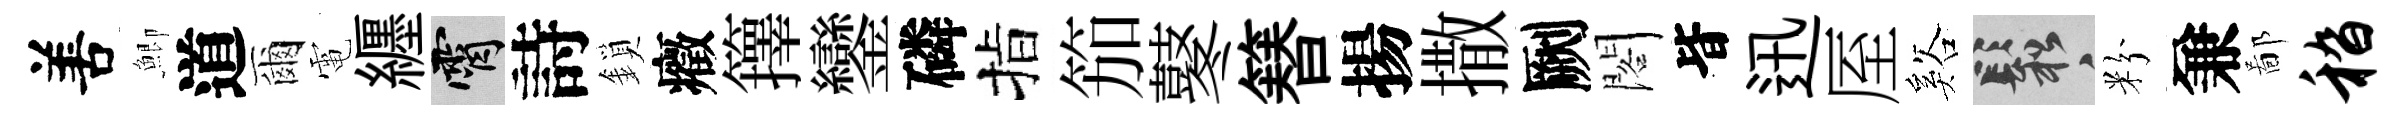
𠵊鯽道爾電纒霄詩鎖癥籜鑾磷指笳鼕簮揚撒劂閣𣅜迅厔谿鬆粉兼鄙嵇